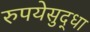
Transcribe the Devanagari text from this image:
रुपयेसुद्धा